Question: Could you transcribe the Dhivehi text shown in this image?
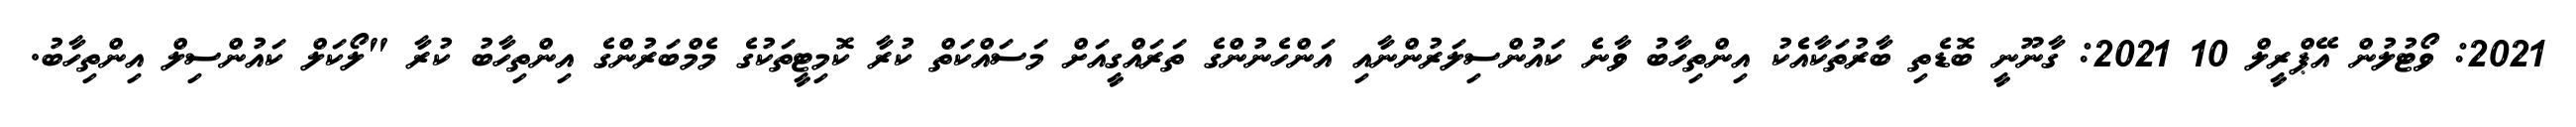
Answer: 2021: ވޯޓުލުން އޭޕްރީލް 10 2021: ގާނޫނީ ބޮޑެތި ބާރުތަކާއެެކު އިންތިހާބު ވާނެ ކައުންސިލަރުންނާއި އަންހެނުންގެ ތަރައްގީއަށް މަސައްކަތް ކުރާ ކޮމިޓީތަކުގެ މެމްބަރުންގެ އިންތިހާބު ކުރާ "ލޯކަލް ކައުންސިލް އިންތިހާބު.